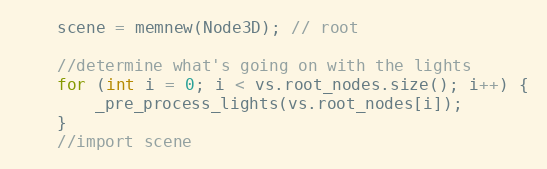
Language: C++
	scene = memnew(Node3D); // root

	//determine what's going on with the lights
	for (int i = 0; i < vs.root_nodes.size(); i++) {
		_pre_process_lights(vs.root_nodes[i]);
	}
	//import scene